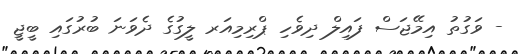
- ވަގުތު އިމޭޖަސް ފައިލް ދިވެހި ޕްރިމިއަރ ލީގުގެ ދެވަނަ ބުރުގައި ބީޖީ